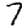
Digit: 7